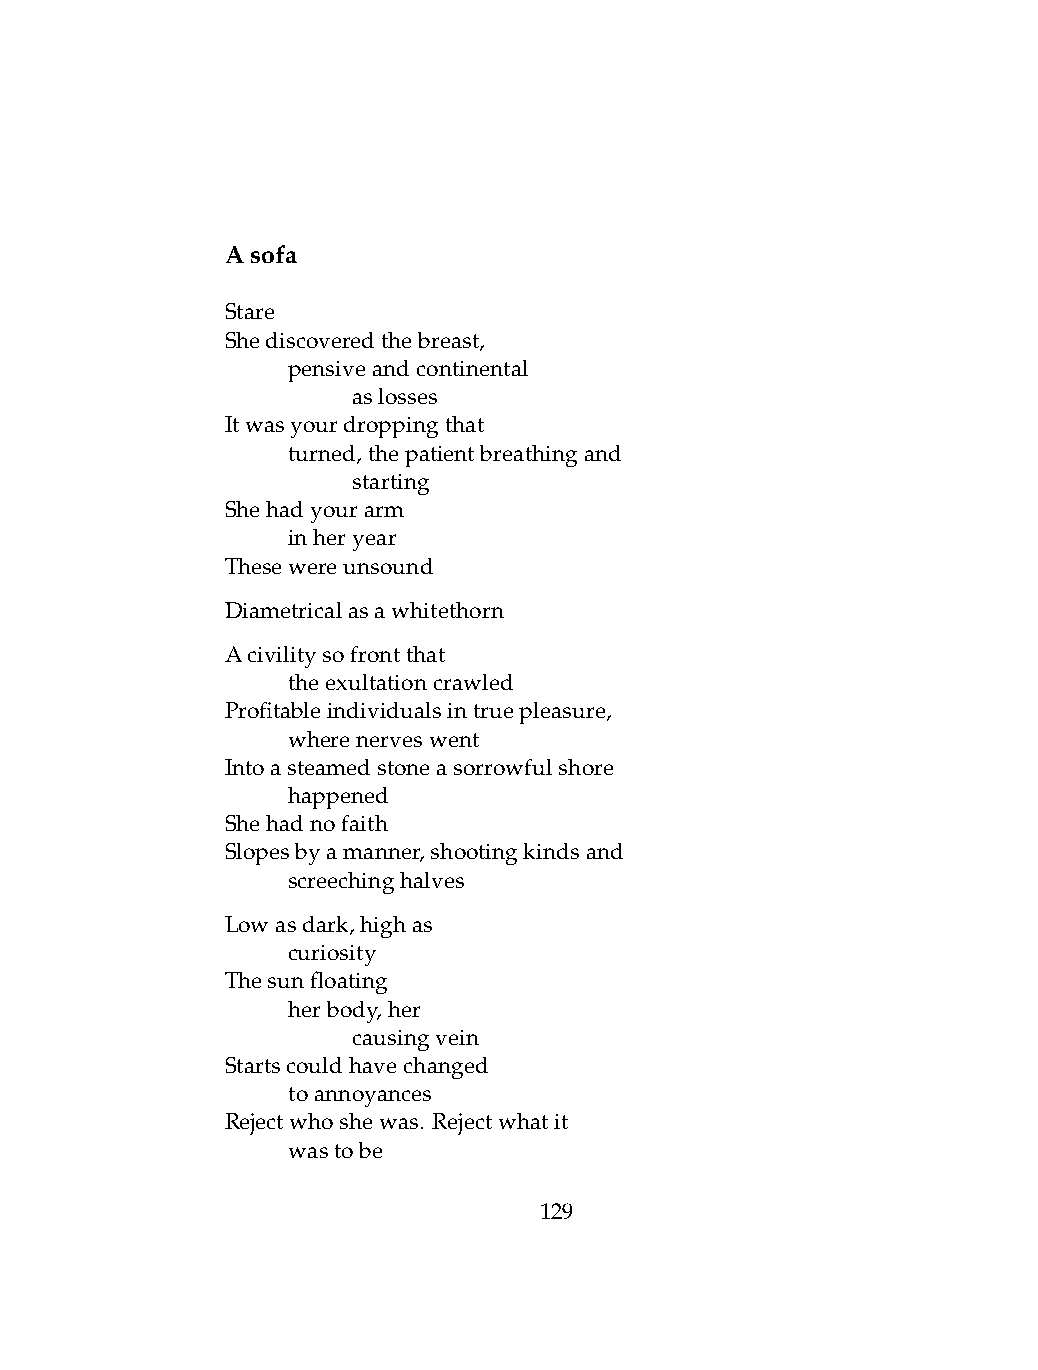
Asofa
 Stare
 Shediscoveredthebreast,
 .   pensiveandcontinental
 .   .   aslosses
 Itwasyourdroppingthat
 .   turned,thepatientbreathingand
 .   .   starting
 Shehadyourarm
 .   inheryear
 Thesewereunsound
 Diametricalasawhitethorn
 Acivilitysofrontthat
 .   theexultationcrawled
 Profitableindividualsintruepleasure,
 .   wherenerveswent
 Intoasteamedstoneasorrowfulshore
 .   happened
 Shehadnofaith
 Slopesbyamanner,shootingkindsand
 .   screechinghalves
 Lowasdark,highas
 .   curiosity
 Thesunfloating
 .   herbody,her
 .   .   causingvein
 Startscouldhavechanged
 .   toannoyances
 Rejectwhoshewas. Rejectwhatit
 .   wastobe
 129